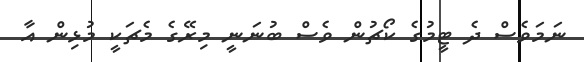
ނަމަވެސް ދެ ޓީމުގެ ކޯޗުން ވެސް ބުނަނީ މިރޭގެ މެޗަކީ މުޅިން އާ